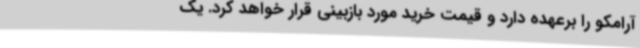
آرامکو را برعهده دارد و قیمت خرید مورد بازبینی قرار خواهد کرد. یک